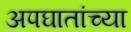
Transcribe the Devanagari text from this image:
अपघातांच्या